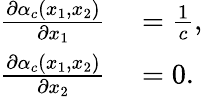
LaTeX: \begin{array}{rl}{\frac{\partial\alpha_{c}(x_{1},x_{2})}{\partial x_{1}}}&{{}=\frac{1}{c},}\\ {\frac{\partial\alpha_{c}(x_{1},x_{2})}{\partial x_{2}}}&{{}=0.}\end{array}